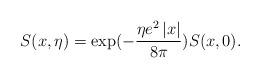
LaTeX: \begin{align*}S(x,\eta)=\exp(-\frac{\eta e^{2}\left| x\right| }{8\pi})S(x,0).\end{align*}